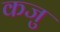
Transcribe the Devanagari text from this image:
कजु